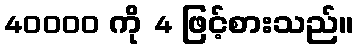
40000 ကို 4 ဖြင့်စားသည်။